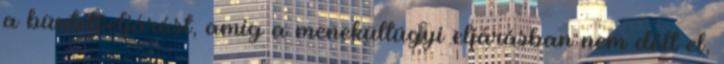
a büntetőeljárást, amíg a menekültügyi eljárásban nem dőlt el,